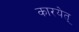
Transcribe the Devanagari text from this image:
कारयेत्‌